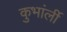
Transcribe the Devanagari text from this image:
कुभांर्ली